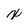
Character: x